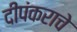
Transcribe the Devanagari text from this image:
दीपंकराचे